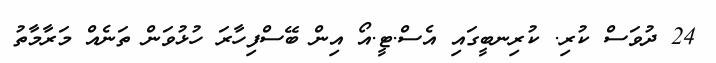
24 ދުވަސް ކުރި. ކުރިނބީގައި އެސް.ޓީ.އޯ އިން ބޭސްފިހާރަ ހުޅުވަން ތަނެއް މަރާމާތު